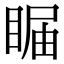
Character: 𥇗